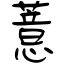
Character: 薏